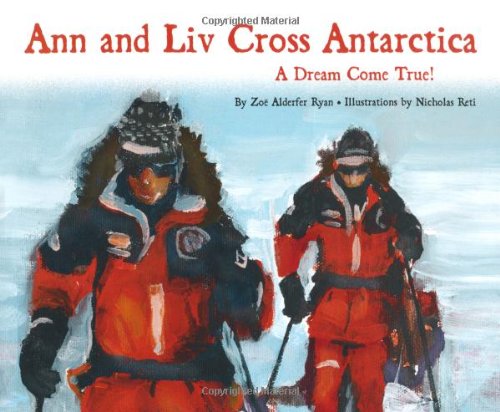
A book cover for Ann And Liv Cross Antarctica; Ann Bancroft; Travel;